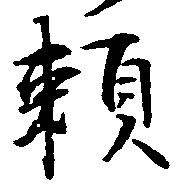
頼